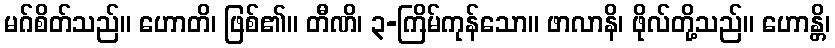
မဂ်စိတ်သည်။ ဟောတိ၊ ဖြစ်၏။ တီဏိ၊ ၃-ကြိမ်ကုန်သော။ ဖာလာနိ၊ ဖိုလ်တို့သည်။ ဟောန္တိ၊